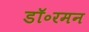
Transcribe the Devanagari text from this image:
डॉ॰रमन